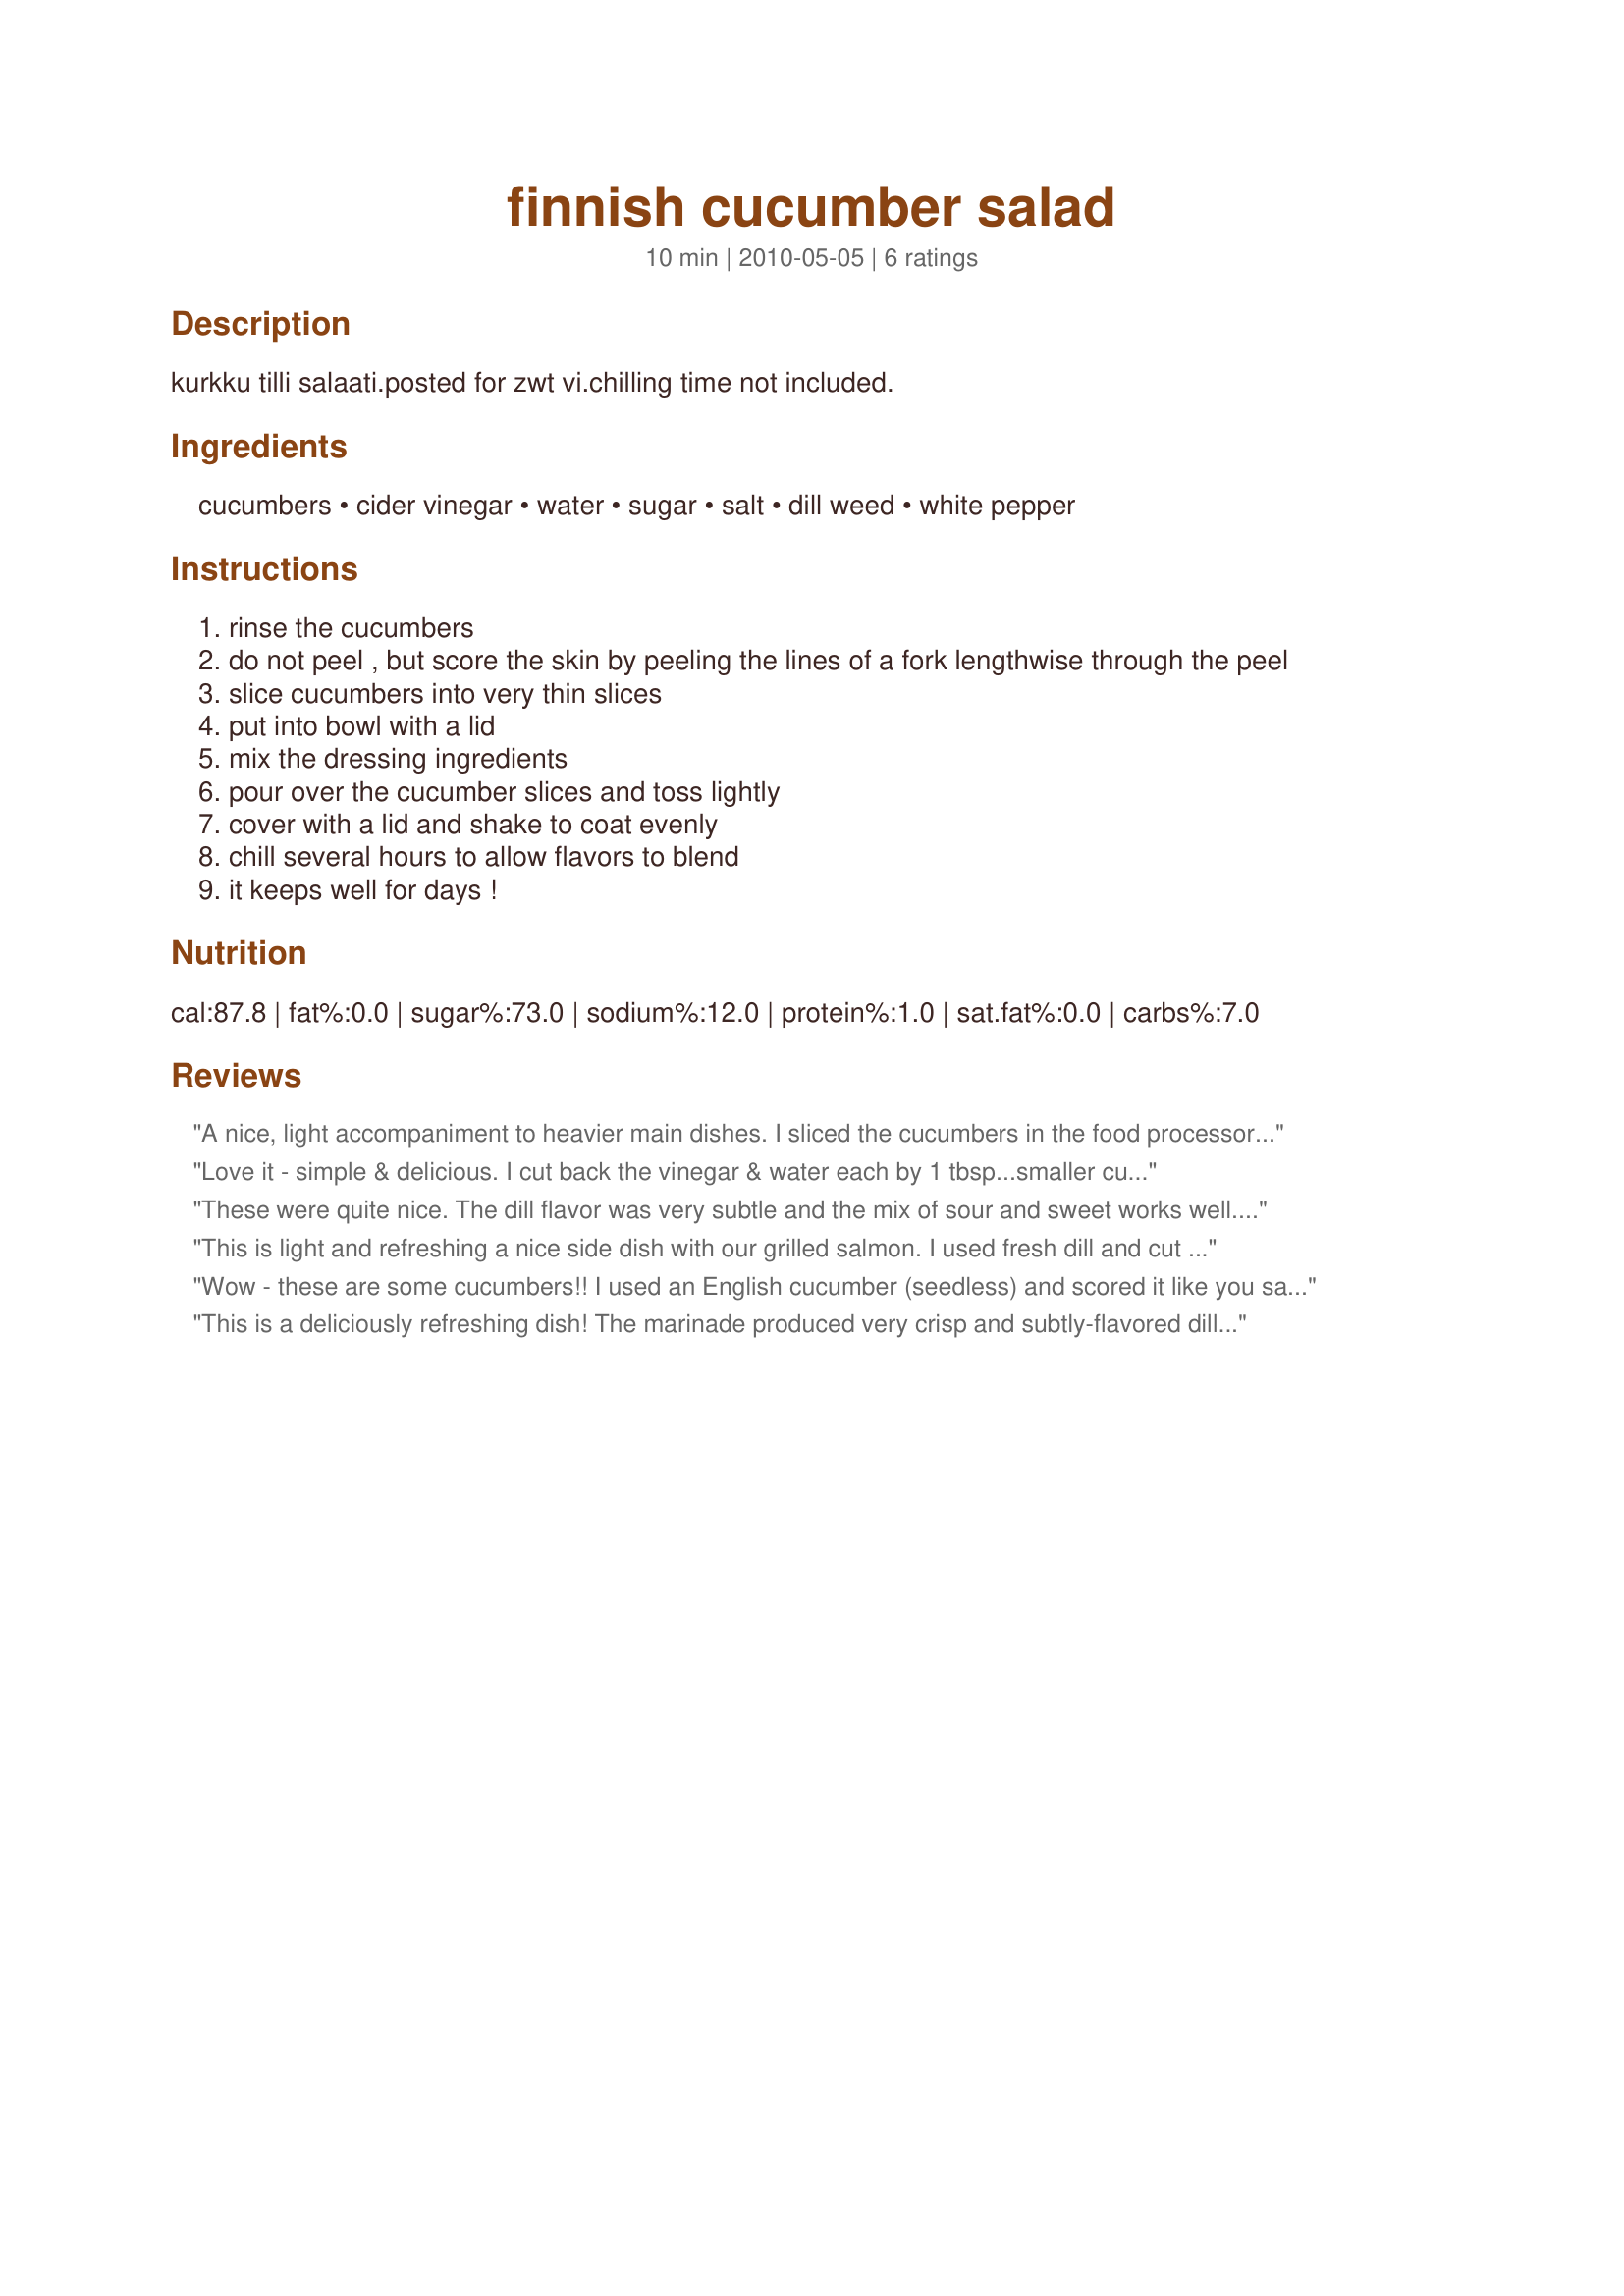
finnish cucumber salad
Preparation time: 10 minutes

kurkku tilli salaati.posted for zwt vi.chilling time not included.

Ingredients:
cucumbers, cider vinegar, water, sugar, salt, dill weed, white pepper

Steps:
rinse the cucumbers
do not peel , but score the skin by peeling the lines of a fork lengthwise through the peel
slice cucumbers into very thin slices
put into bowl with a lid
mix the dressing ingredients
pour over the cucumber slices and toss lightly
cover with a lid and shake to coat evenly
chill several hours to allow flavors to blend
it keeps well for days !

Reviews:
A nice, light accompaniment to heavier main dishes. I sliced the cucumbers in the food processor. Made for ZWT 6.
Love it - simple & delicious. I cut back the vinegar & water each by 1 tbsp...smaller cucumbers, I didn't want them completely swimming. These kept very well, I made them a day ahead of a party and enjoyed them for the rest of the week. Thanks LM!
These were quite nice. The dill flavor was very subtle and the mix of sour and sweet works well. Thanks for the light side dish.
This is light and refreshing a nice side dish with our grilled salmon. I used fresh dill and cut back the sugar a little. 
Made for ZWT 6 by one of the Unrulies Under the Influence
Wow - these are some cucumbers!! I used an English cucumber (seedless) and scored it like you said for the extra pizzazz! The dressing is light and tangy but not overwhelming! Great with our grilled burgers tonight! I love this dish!! Still good the 2nd day too! Made during ZWT6.
This is a deliciously refreshing dish! The marinade produced very crisp and subtly-flavored dill cucumbers. I ended up marinating the cucumbers for a couple days just because I got so busy, but I think it's what led these to be soo crisp - which I just loved! In the future I will continue to marinade these for at least a day. This complimented my tuna sandwich perfectly! Thanks for sharing! I have placed this recipe into my weekly cucumber rotation. I will definitely be making this again!
